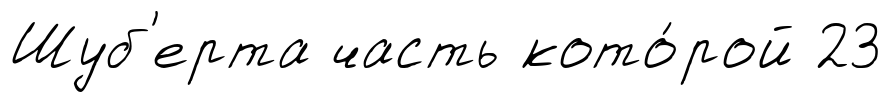
Шуб'ерта часть кото́рой 23